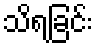
သိရခြင်း